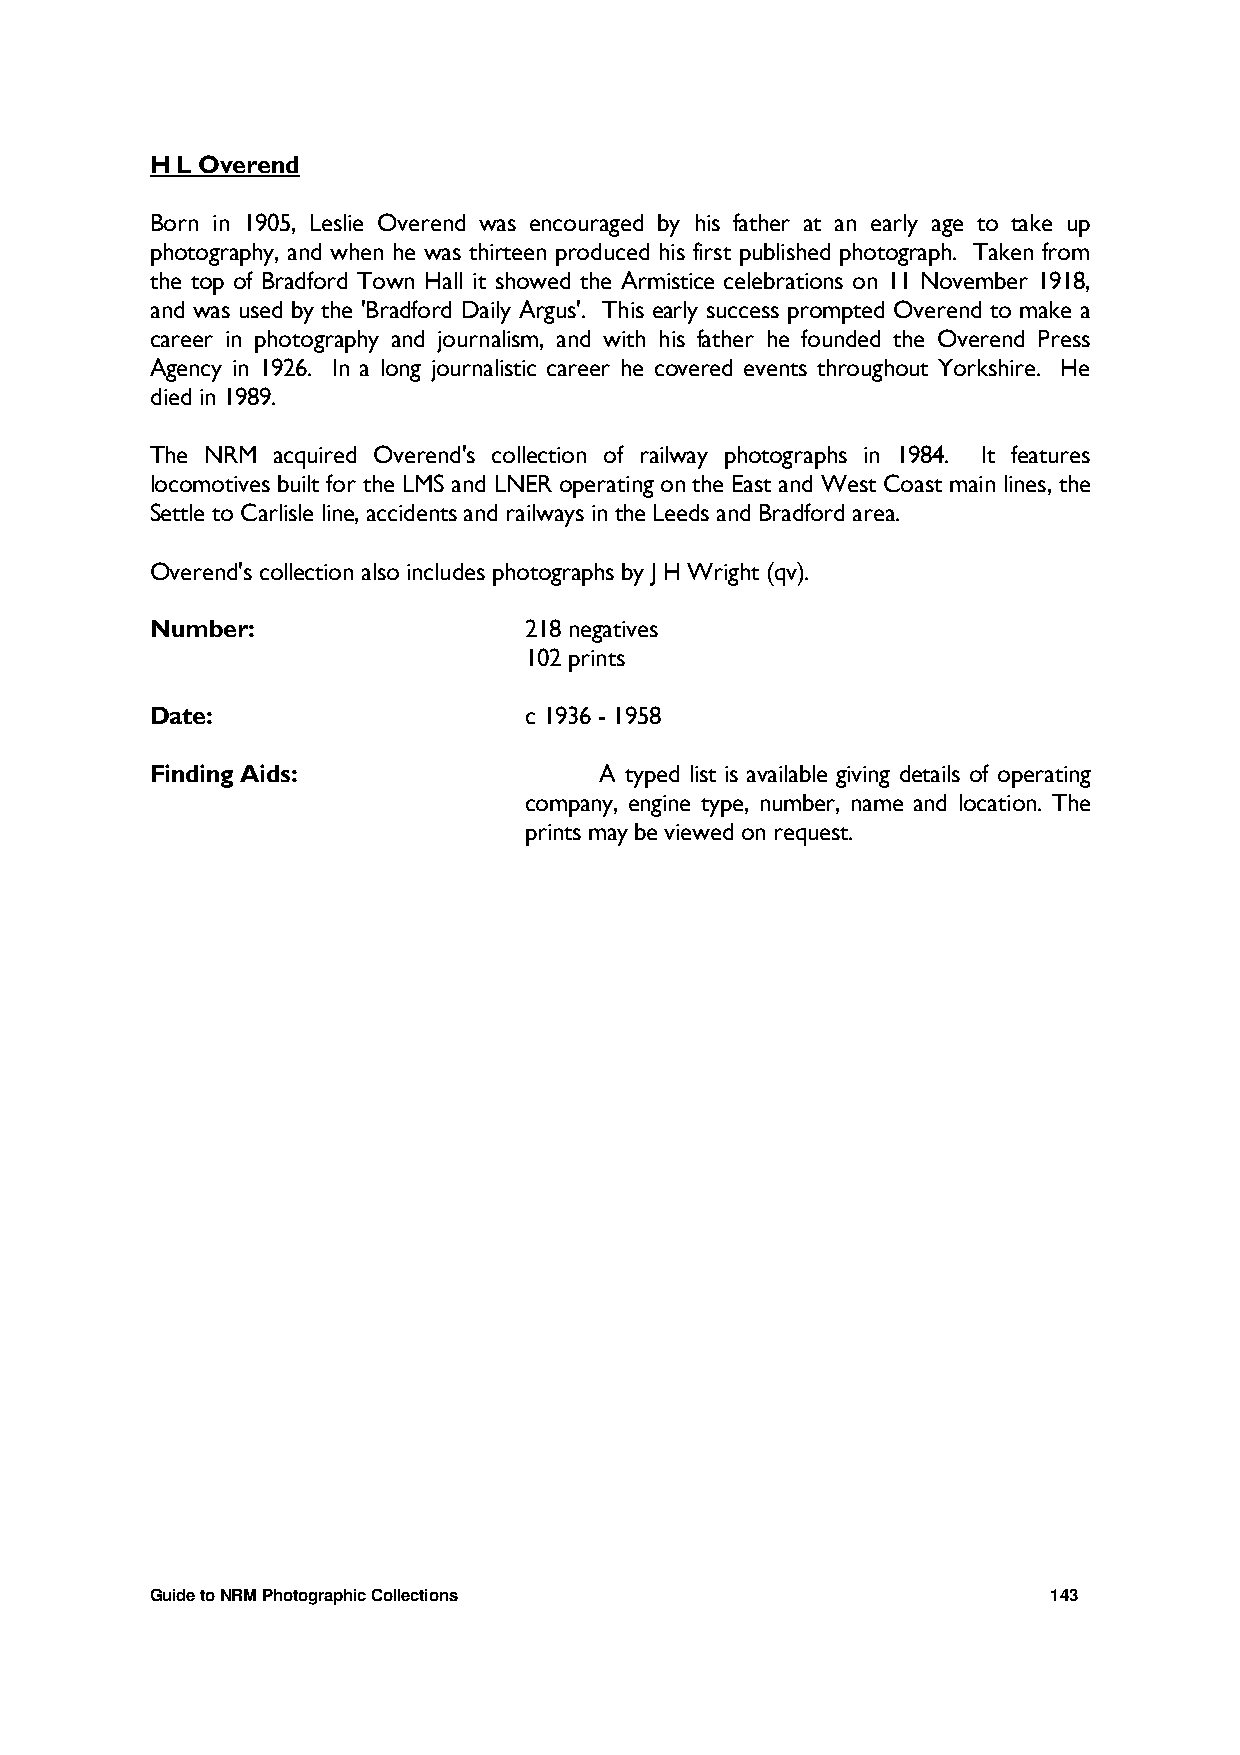
H L Overend
 Born in 1905, Leslie Overend was encouraged by his father at an early age to take up
 photography, and when he was thirteen produced his first published photograph. Taken from
 the top of Bradford Town Hall it showed the Armistice celebrations on 11 November 1918,
 and was used by the 'Bradford Daily Argus'. This early success prompted Overend to make a
 career in photography and journalism, and with his father he founded the Overend Press
 Agency in 1926. In a long journalistic career he covered events throughout Yorkshire. He
 died in 1989.
 The NRM acquired Overend's collection of railway photographs in 1984. It features
 locomotives built for the LMS and LNER operating on the East and West Coast main lines, the
 Settle to Carlisle line, accidents and railways in the Leeds and Bradford area.
 Overend's collection also includes photographs by J H Wright (qv).
 Number:                  218 negatives
 102 prints
 Date:                    c 1936 - 1958
 Finding Aids:                 A typed list is available giving details of operating
 company, engine type, number, name and location. The
 prints may be viewed on request.
 Guide to NRM Photographic Collections                       143